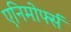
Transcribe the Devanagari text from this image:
एनिमोर्फ्स